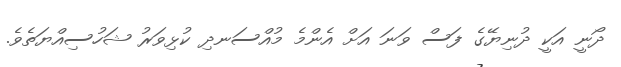
ދޯނީ އަކީ ދުނިޔޭގެ ފަސް ވަނަ އަށް އެންމެ މުއްސަނދި ކުޅިވަރު ޝަހުސިއްޔަތެވެ.